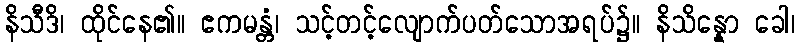
နိသီဒိ၊ ထိုင်နေ၏။ ဧကမန္တံ၊ သင့်တင့်လျောက်ပတ်သောအရပ်၌။ နိသိန္နော ခေါ၊